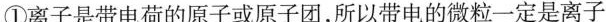
①离子是带电荷的原子或原子团，所以带电的微粒一定是离子